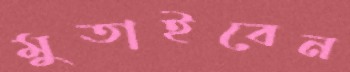
মুতাইবেন